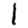
Digit: 1